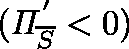
( \mathit { \Pi } _ { \overline { { S } } } ^ { ' } < 0 )